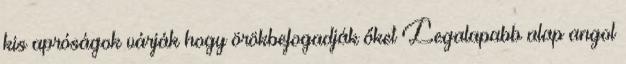
kis apróságok várják hogy örökbefogadják őket Legalapabb alap angol